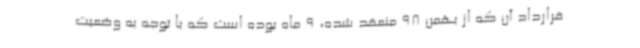
قرارداد آن که از بهمن 98 منعقد شده، 9 ماه بوده است که با توجه به وضعیت